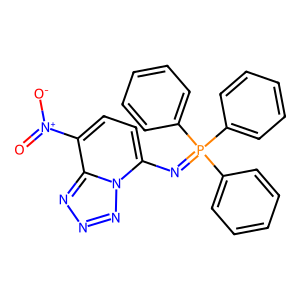
SMILES: O=[N+]([O-])c1ccc(N=P(c2ccccc2)(c2ccccc2)c2ccccc2)n2nnnc12
Inhibits HIV replication: No